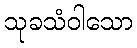
သုခသံဝါသော